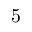
5